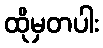
ထိုမှတပါး